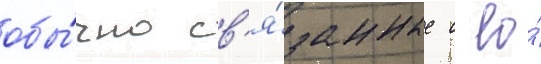
обы́чно св'я́занные с ео́